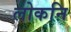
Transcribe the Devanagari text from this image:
लोकनि